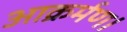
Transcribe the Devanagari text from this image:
आक्रर्मण।